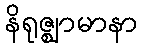
နိရုဇ္ဈာမာနာ